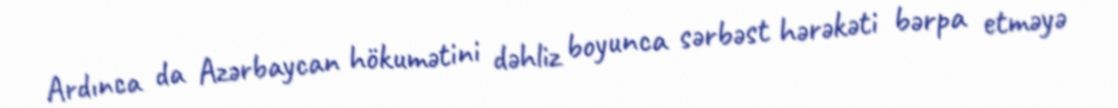
Ardınca da Azərbaycan hökumətini dəhliz boyunca sərbəst hərəkəti bərpa etməyə